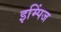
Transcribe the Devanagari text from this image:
इम्पिंज